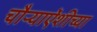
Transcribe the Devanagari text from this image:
चौऱ्याऐंशीच्या